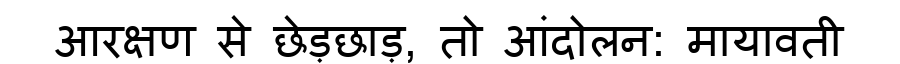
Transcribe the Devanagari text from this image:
आरक्षण से छेड़छाड़, तो आंदोलन: मायावती